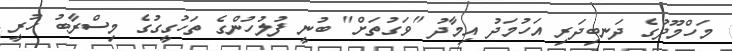
މަހްމޫދުގެ ދަނބިދަރި އަހުމަދު އިމާދު "ވަގުތަށް" ބުނީ ފުލުހުންގެ ތަހުގީގުގެ މިސްރާބު ހުރީ